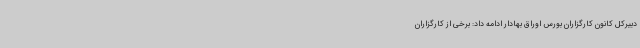
دبیرکل کانون کارگزاران بورس اوراق بهادار ادامه داد: برخی از کارگزاران